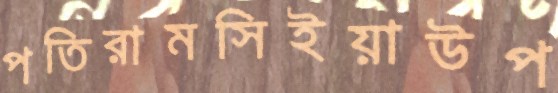
পতিরামসিইয়াউপ